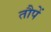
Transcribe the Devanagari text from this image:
तौपें